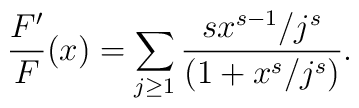
\frac{F^\prime}{F}(x) = \sum_{j\ge 1}\frac{sx^{s-1}/j^s}{(1+x^s/j^s)}.